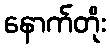
နောက်တိုး